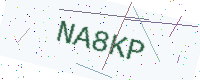
Text: NA8KP